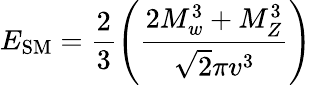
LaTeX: E_{\mathrm{SM}}=\frac{2}{3}\left(\frac{2M_{w}^{3}+M_{Z}^{3}}{\sqrt{2}\pi v^{3}}\right)